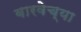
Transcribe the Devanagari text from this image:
बारवेच्या